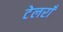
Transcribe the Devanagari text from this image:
टेलराँ